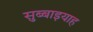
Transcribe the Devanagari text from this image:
सुब्बाइयाह